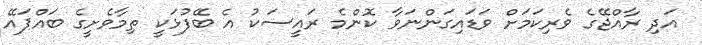
އަދި ރާއްޖޭގެ ވެރިކަމަށް ވަޑައިގަންނަވާ ކޮންމެ ރައީސަކު އެ ބޭފުޅަކީ ތިމާވެށީގެ ބައްޕައޭ